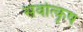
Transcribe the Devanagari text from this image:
सर्वोत्कृष